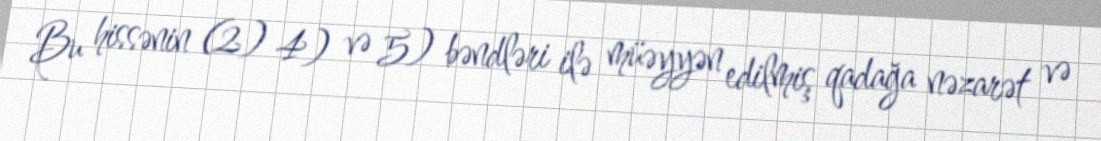
Bu hissənin (2) 4) və 5) bəndləri ilə müəyyən edilmiş qadağa nəzarət və